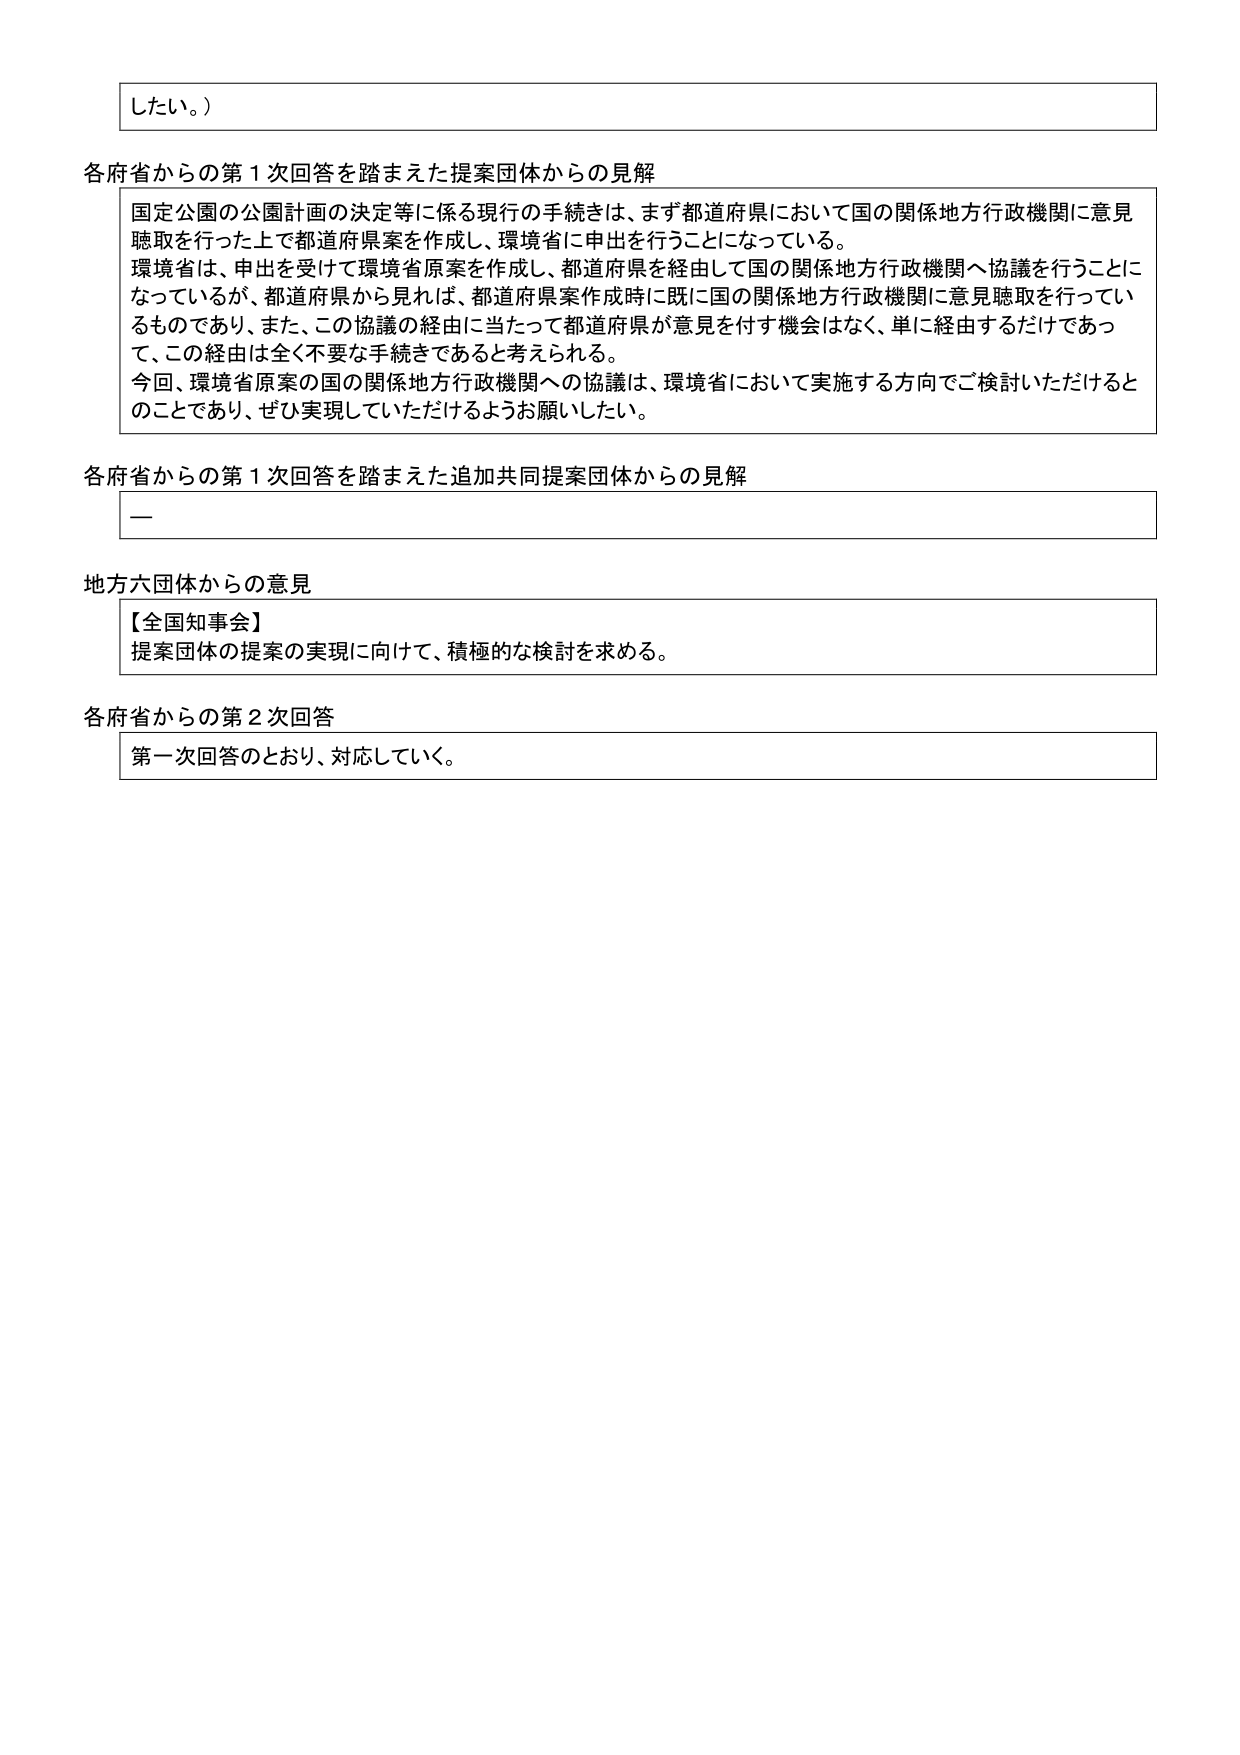
したい。）

各府省からの第１次回答を踏まえた提案団体からの見解
国定公園の公園計画の決定等に係る現行の手続きは、まず都道府県において国の関係地方行政機関に意見
聴取を行った上で都道府県案を作成し、環境省に申出を行うことになっている。
環境省は、申出を受けて環境省原案を作成し、都道府県を経由して国の関係地方行政機関へ協議を行うことに
なっているが、都道府県から見れば、都道府県案作成時に既に国の関係地方行政機関に意見聴取を行ってい
るものであり、また、この協議の経由に当たって都道府県が意見を付す機会はなく、単に経由するだけであっ
て、この経由は全く不要な手続きであると考えられる。
今回、環境省原案の国の関係地方行政機関への協議は、環境省において実施する方向でご検討いただけると
のことであり、ぜひ実現していただけるようお願いしたい。

各府省からの第１次回答を踏まえた追加共同提案団体からの見解
ー

地方六団体からの意見
【全国知事会】
提案団体の提案の実現に向けて、積極的な検討を求める。

各府省からの第２次回答
第一次回答のとおり、対応していく。